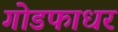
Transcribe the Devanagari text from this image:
गोडफाधर